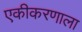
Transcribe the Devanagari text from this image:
एकीकरणाला